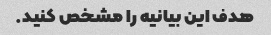
هدف این بیانیه را مشخص کنید.